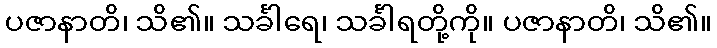
ပဇာနာတိ၊ သိ၏။ သင်္ခါရေ၊ သင်္ခါရတို့ကို။ ပဇာနာတိ၊ သိ၏။